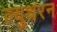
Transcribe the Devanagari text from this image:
ल्युथरन